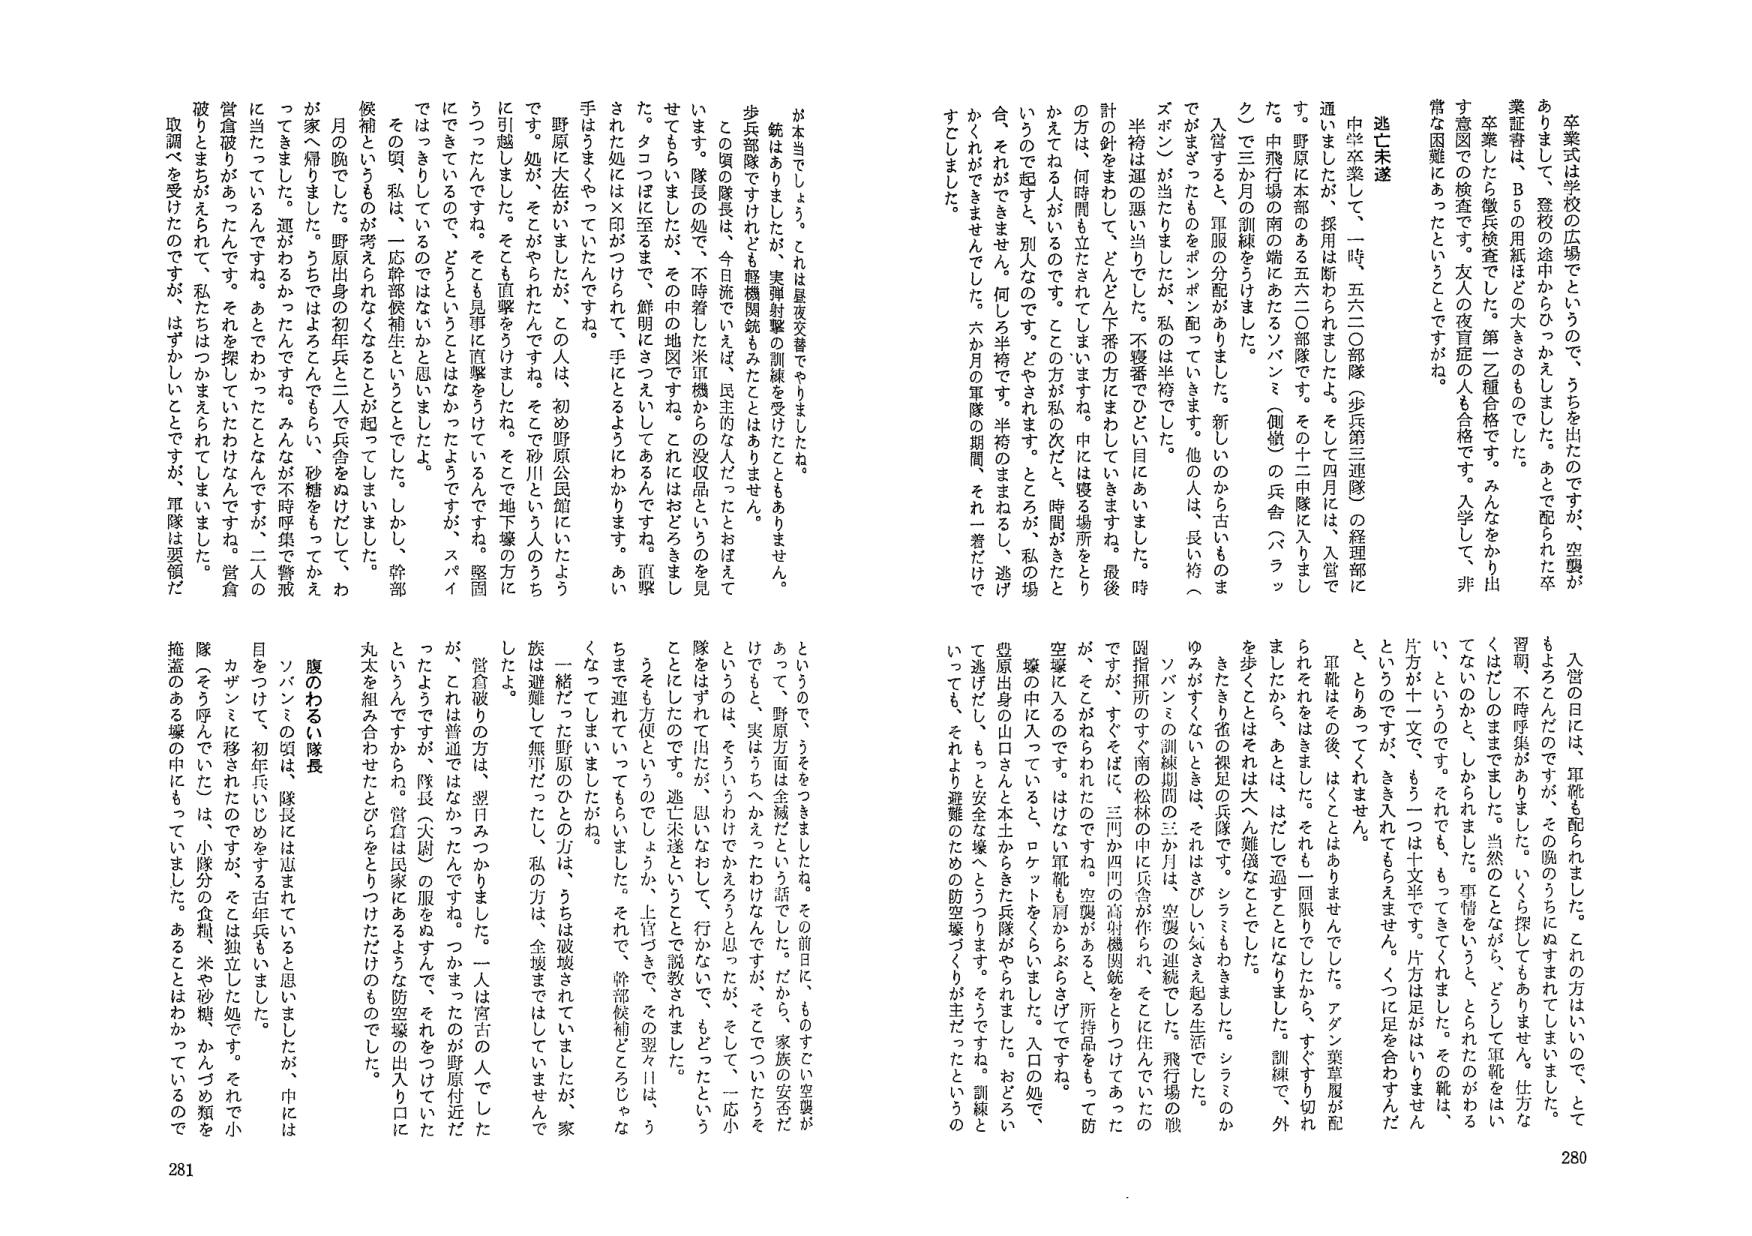
卒業式は学校の広場でというので、うちを出たのですが、空襲が
ありましたて、登校の途中からひっかえしました。あとで配られた卒
業証書は、B5の用紙ほどの大きさのものでした。
卒業したら徴兵検査でした。第一乙種合格です。みんなをかり出
す意図での検査です。友人の夜盲症の人も合格です。入学して、非
常な困難にあったということですね。

逃亡未遂
中学卒業して、一時、五六二〇部隊（歩兵第三連隊）の経理部に
通いましたが、採用は断わられましたよ。そして四月には、入営で
す。野原は本部のある五六二〇部隊です。その十二中隊に入りました。
中飛行場の南の端にあたるソバンミ（側道）の兵舎（バラッ
ク）で三か月の訓練をうけました。
入営すると、軍服の分配があります。新しいのから古いのま
でがまざったものをポンポン配っていきます。他の人は、長い袴（
ズボン）が当たりましたが、私は半袴でした。
半袴は運の悪い当たりでした。不整番でひどい目にあいました。時
計の針をまわして、どんどん下番の方にまわしていきますね。最後
の方は、何時間も立たされます。中には寝る場所をとっ
かえてねる人がいるのです。ここの方は私の次だ、時間がきたと
いうで起すと、別人なのです。どやされます。ところが、私の場
合、それができません。何しろ半袴です。半袴のままねろし、逃げ
かくれができませんでした。六か月の軍隊の期間、それ一着だけで
すこしました。

が本当でしょう。これは昼夜交替でやりましたね。
銃はありましたが、実弾射撃の訓練を受けたこともありません。
歩兵部隊ですけれども軽機関銃もみたことはありません。
この頃の隊長は、今日流でいえば、民主的な人だったとおぼえ
ています。隊長の処で、不時着した米軍機からの没収品というのを見
せてもらいましたが、その中の地図ですね。これにはおどろきまし
た。タコつぼに至るまで、鮮明にさつえいしてあるんですね。直撃
された処には×印がつけられて、手にとるようにわかります。あい
手はうまくやっていたんですね。
野原に大佐がいましたが、この人は、初め野原公民館にいたよう
です。処が、そこがやられたんですね。そこで砂川という人のうち
に引越しました。そこも直撃をうけましたね。そこで地下壕の方に
うつったんですね。そこも見事に直撃をうけているんですね。堅固
にできているので、どうということはなかったようですが、スパイ
ではっきりしているのではないかと思いましたよ。
その頃、私は、「一応幹部候補生」ということでした。しかし、幹部
候補というものが考えられなくなることが起こってしまいました。
月の晩でした。野原出身の初年兵と二人で兵舎をぬけだして、わ
が家へ帰りました。うちではよろこんでもらい、砂糖をもってかえ
ってきました。運がわるかったんですね。みんなが不時呼集で警戒
に当たっているんです。あってわかったことなんですが、二人の
営倉彼りがあったんです。それを探していたわけなんです。営倉
破りとまちがえられて、私たちはつかまえられてしまいました。
取調べを受けたのですが、はずかしいことですが、軍隊は要領だ

入営の日には、軍靴を配られました。この方はいいので、とて
もよろこんだのですが、その腕のうちにぬすまれてしまいました。
習習、不時呼集がありました。いくら探してもありません。仕方な
くはだしたままました。当然のことながら、どうして軍靴をはい
てないのかと、しかられました。事情をいうと、とられたのがある
い、というのです。それでも、もってきてくれました。その靴は、
片方が十一文で、もう一つは十文半です。片方は足がはいりません
というのですが、きき入れてもらえません。くつに足を合わせんだ
と、とりあえずくれません。
軍靴はその後、はくことはありませんでした。アダン草履が配
られそれをはきました。それも一回限りでしたから、すぐすり切れ
ましたから、あとは、はだしで過ごことになりました。訓練で、外
を歩くことはそれは大へん難儀なことでした。
きたきり雀の探足の兵隊です。シラミもわきました。シラミのか
ゆみがすくないときは、それはさびしい気さえ起る生活でした。
ソバンミの訓練期間の三か月は、空腹の連続でした。飛行場の散
囲指揮所のすぐ南の松林の中に兵舎が作られ、そこに住んでいたの
ですが、すぐそばに、三間か四間の高射機関銃をとりつけてあった
が、そこがねらわれたのですね。空襲があると、所持品をもって防
空壕に入るのです。はけない軍靴も肩からぶらさげてですね。
壕の中に入っていると、ロケットをくらいました。入口の処で、
豊原出身の出口さんと本土からきた兵隊がやられました。おどろい
て逃げだし、もっと安全な壕へとうつります。そうですね。訓練と
いっても、それより難難のための防空壕づくりが主だったというの

というので、うををつきましたね。その前日に、ものすごい空襲が
あって、野原方面は全滅だという話でした。だから、家族の安全だ
けでもと、実はうちへかえったわけなんですが、そこでついたうを
というのは、そういうわけでかえろうと思ってたが、そして、一応小
隊をはずれて出たが、思いおわして、行かないで、もどったという
ことでしたのです。逃亡未遂ということで説教されました。
うそも方便というのでしょうか、上官つきで、その翌々日は、う
ちまで連れていってもらいました。それで、幹部候補とこっしょな
くなってしまいましたがね。
一緒だった野原のひとの方は、うちは破壊されていましたが、家
族は避難して無事だったし、私の方は、全壊まではしていませんで
したよ。
営倉彼りの方は、翌日みつかりました。一人は宮古の人でした
が、これは普通ではなかったんですね。つかまったのが野原付近だ
ったようですが、隊長（大尉）の服をぬすんで、それをつけていた
というんですからね。営倉は民家にあるような防空壕の出入り口に
丸太を組み合わせたとびらをとりつけただけのものでした。

腹のわるい隊長
ソバンミの頃は、隊長には恵まれていると思いましたが、中には
目をつけて、初年兵にじめをする古年兵もいました。
カザンミに移されたのですが、そこは独立した処です。それで小
隊（そう呼んでいた）は、小隊分の食料、米や砂糖、かんつめ類を
掩蓋のある壕の中にもっていました。あることはわかっているので

280
281